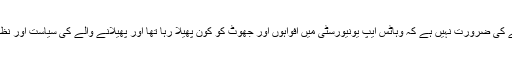
آپ کو بتانے کی ضرورت نہیں ہے کہ وہاٹس ایپ یونیورسٹی میں افواہوں اور جھوٹ کو کون پھیلا رہا تھا اور پھیلانے والے کی سیاست اور نظریہ کیا ہے۔